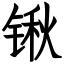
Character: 锹